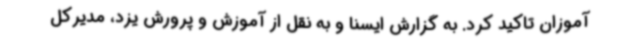
آموزان تاکید کرد. به گزارش ایسنا و به نقل از آموزش و پرورش یزد، مدیرکل